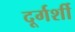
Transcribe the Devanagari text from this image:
दूर्गर्शी